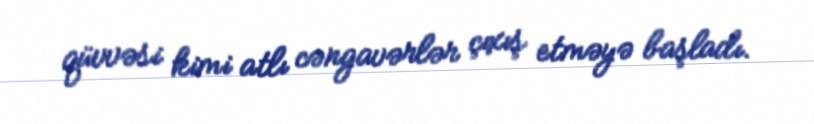
qüvvəsi kimi atlı cəngavərlər çıxış etməyə başladı.